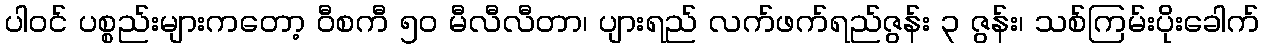
ပါဝင် ပစ္စည်းများကတော့ ဝီစကီ ၅၀ မီလီလီတာ၊ ပျားရည် လက်ဖက်ရည်ဇွန်း ၃ ဇွန်း၊ သစ်ကြမ်းပိုးခေါက်